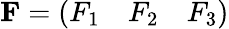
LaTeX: \mathbf{F}={\left(\begin{array}{lll}{F_{1}}&{F_{2}}&{F_{3}}\end{array}\right)}